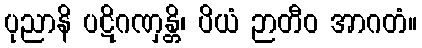
ပုညာနိ ပဋိဂဏှန္တိ၊ ပိယံ ဉာတီဝ အာဂတံ။